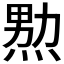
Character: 𱫤